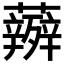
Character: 𮓋